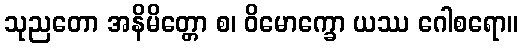
သုညတော အနိမိတ္တော စ၊ ဝိမောက္ခော ယဿ ဂေါစရော။